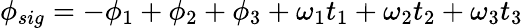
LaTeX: \phi_{sig}=-\phi_{1}+\phi_{2}+\phi_{3}+\omega_{1}t_{1}+\omega_{2}t_{2}+\omega_{3}t_{3}